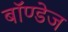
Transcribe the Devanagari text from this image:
बॉण्डेज